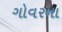
ગોવરના